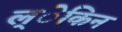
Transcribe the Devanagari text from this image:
ल्ेकिन